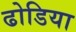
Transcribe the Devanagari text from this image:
ढोडिया